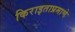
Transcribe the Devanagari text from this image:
किराइताप्रमाणे